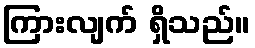
ကြားလျက် ရှိသည်။